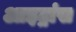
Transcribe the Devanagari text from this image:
आइट्रांस